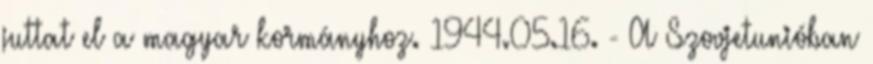
juttat el a magyar kormányhoz. 1944.05.16. - A Szovjetunióban